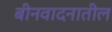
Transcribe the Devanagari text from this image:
बीनवादनातील